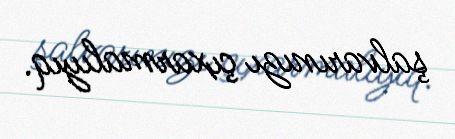
şalvarınızı çıxarmalıyıq.